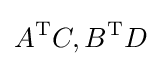
A^{\text{T}}C,B^{\text{T}}D